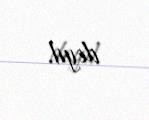
deyil.